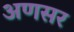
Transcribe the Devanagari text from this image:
अणसर